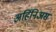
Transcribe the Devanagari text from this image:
अर्हिनिअस